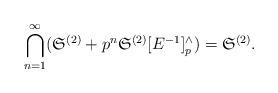
LaTeX: \begin{align*}\bigcap_{n=1}^{\infty} (\mathfrak{S}^{(2)}+p^n\mathfrak{S}^{(2)}[E^{-1}]^{\wedge}_p) = \mathfrak{S}^{(2)}.\end{align*}